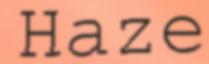
Haze